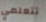
تتعلمي